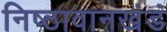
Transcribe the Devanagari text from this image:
निष्ठावानखंडं